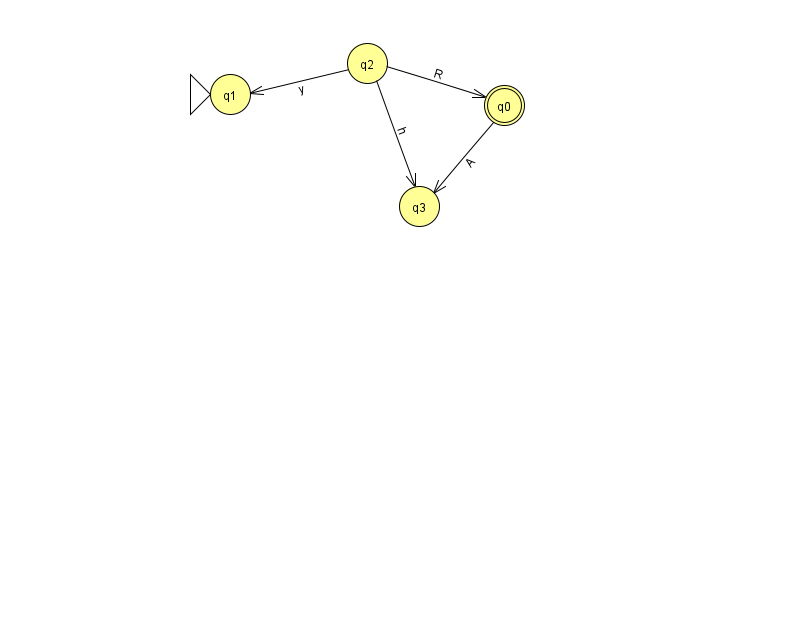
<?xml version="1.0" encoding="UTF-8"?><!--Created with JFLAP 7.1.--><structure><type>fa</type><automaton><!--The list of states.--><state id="0" name="q0"><x>504.0</x><y>92.0</y><final/></state><state id="1" name="q1"><x>230.0</x><y>81.0</y><initial/></state><state id="2" name="q2"><x>367.0</x><y>50.0</y></state><state id="3" name="q3"><x>419.0</x><y>193.0</y></state><!--The list of transitions.--><transition><from>2</from><to>1</to><read>y</read></transition><transition><from>0</from><to>3</to><read>A</read></transition><transition><from>2</from><to>0</to><read>R</read></transition><transition><from>2</from><to>3</to><read>h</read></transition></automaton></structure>